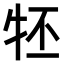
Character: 𤘹